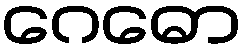
ဂေဓော